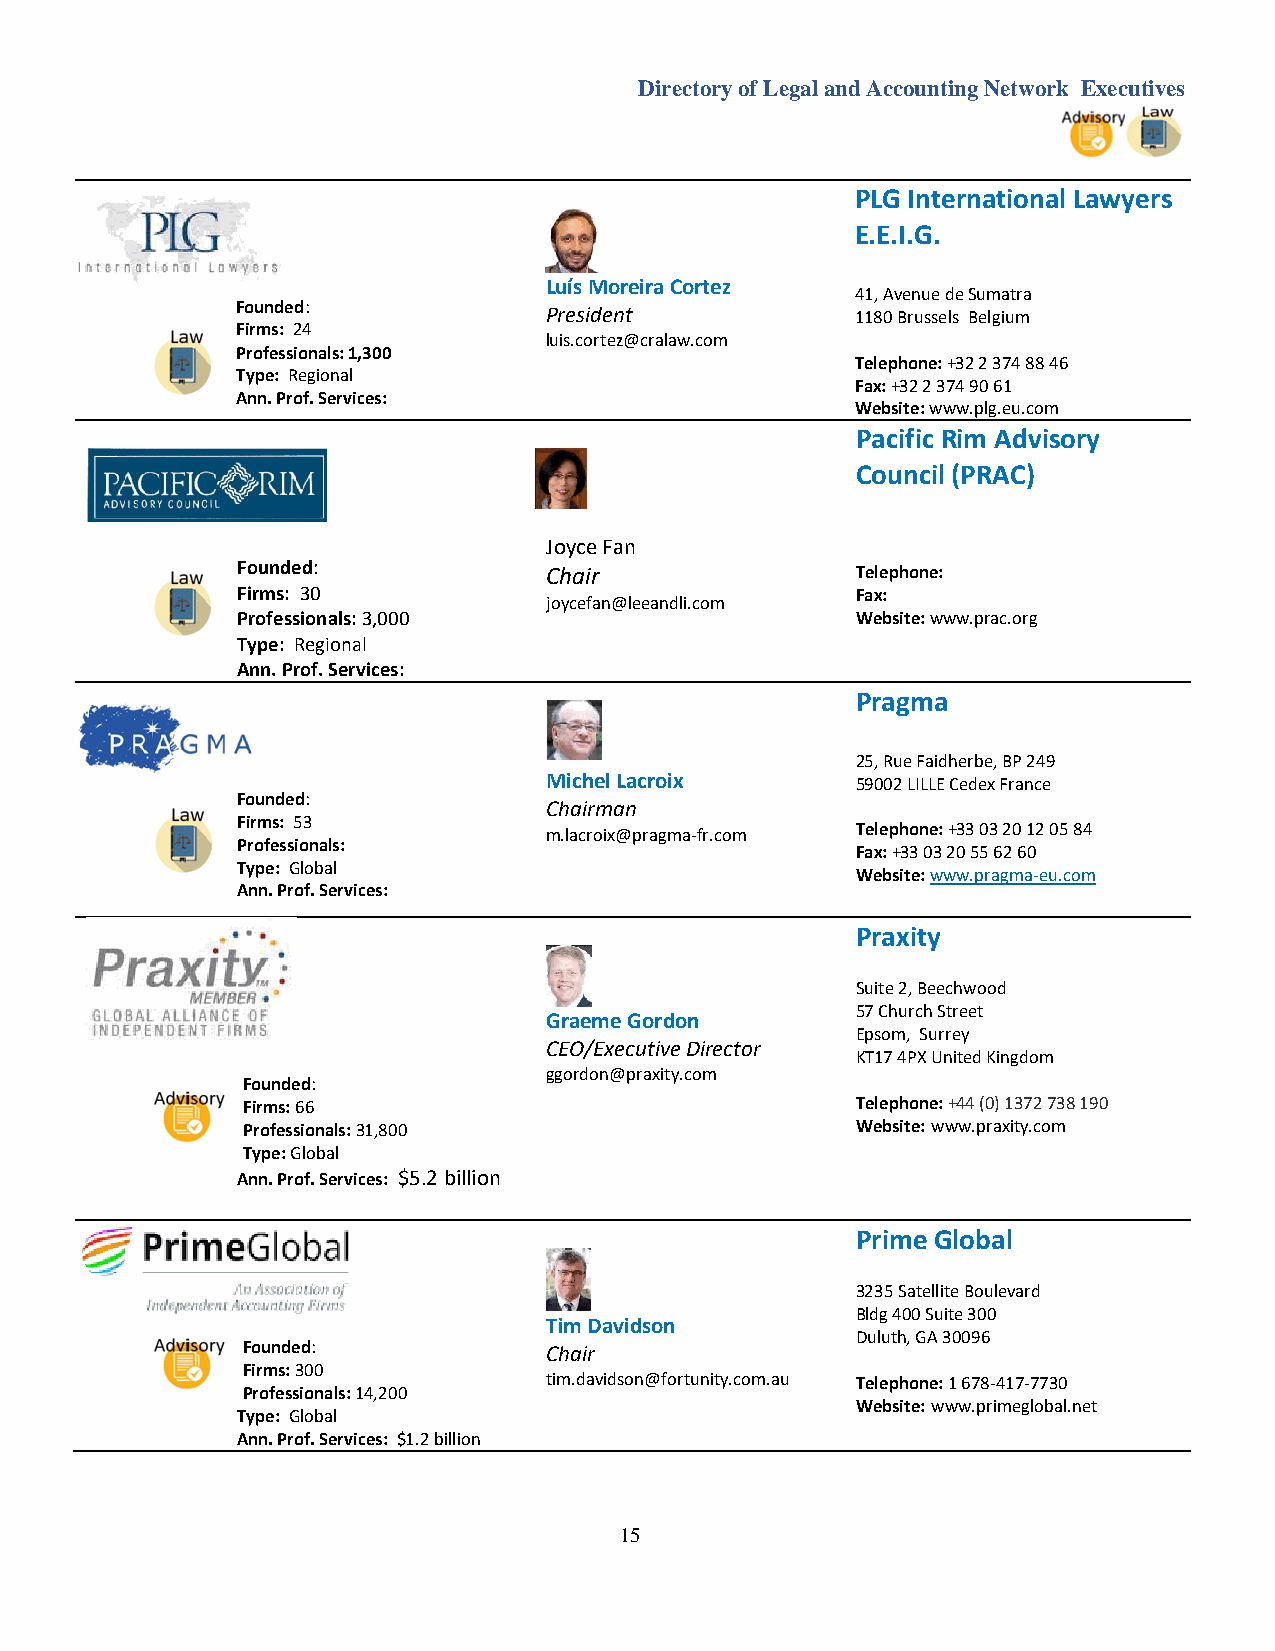
Directory of Legal and Accounting Network Executives
 PLG International Lawyers
 E.E.I.G.
 Luís Moreira Cortez
 41, Avenue de Sumatra
 Founded:            President            1180 Brussels Belgium
 Firms: 24
 luis.cortez@cralaw.com
 Professionals: 1,300
 Telephone: +32 2 374 88 46
 Type: Regional
 Fax: +32 2 374 90 61
 Ann. Prof. Services:
 Website: www.plg.eu.com
 Pacific Rim Advisory
 Council (PRAC)
 Joyce Fan
 Founded:            Chair                Telephone:
 Firms: 30
 joycefan@leeandli.com
 Fax:
 Professionals: 3,000                     Website: www.prac.org
 Type: Regional
 Ann. Prof. Services:
 Pragma
 25, Rue Faidherbe, BP 249
 Michel Lacroix       59002 LILLE Cedex France
 Founded:
 Chairman
 Firms: 53
 m.lacroix@pragma-fr.com Telephone: +33 03 20 12 05 84
 Professionals:
 Fax: +33 03 20 55 62 60
 Type: Global
 Website: www.pragma-eu.com
 A nn. Prof. Services:
 Praxity
 Suite 2, Beechwood
 57 Church Street
 Graeme Gordon
 Epsom, Surrey
 CEO/Executive Director
 KT17 4PX United Kingdom
 Founded:
 ggordon@praxity.com
 Firms: 66                                Telephone: +44 (0) 1372 738 190
 Professionals: 31,800                    Website: www.praxity.com
 Type: Global
 Ann. Prof. Services: $5.2 billion
 Prime Global
 3235 Satellite Boulevard
 Bldg 400 Suite 300
 Tim Davidson
 Duluth, GA 30096
 Founded:            Chair
 Firms: 300
 tim.davidson@fortunity.com.au Telephone: 1 678-417-7730
 Professionals: 14,200
 Website: www.primeglobal.net
 Type: Global
 Ann. Prof. Services: $1.2 billion
 15